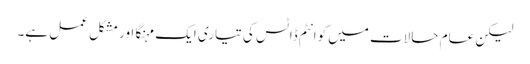
لیکن عام حالات میں کوانٹم ڈاٹس کی تیاری ایک مہنگا اور مشکل عمل ہے۔